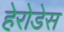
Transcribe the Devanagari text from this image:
हेरोडेस